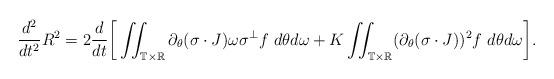
LaTeX: \begin{align*} \frac{d^2}{dt^2} R^2=2\frac{d}{dt}\bigg[\iint_{\mathbb T \times \mathbb R}\partial_{\theta}(\sigma\cdot J)\omega \sigma^{\perp} f ~ d\theta d\omega+K\iint_{\mathbb T \times \mathbb R}(\partial_{\theta}(\sigma\cdot J))^{2}f ~ d\theta d\omega\bigg].\end{align*}